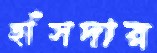
হাঁসদার